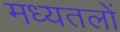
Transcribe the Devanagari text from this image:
मध्यतलों